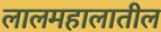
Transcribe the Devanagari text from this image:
लालमहालातील